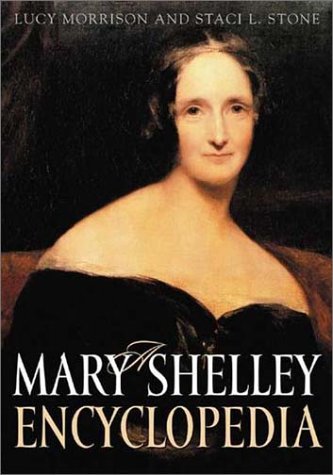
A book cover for A Mary Shelley Encyclopedia; Lucy Morrison; Reference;